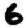
Digit: 6